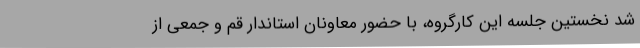
شد نخستین جلسه این کارگروه، با حضور معاونان استاندار قم و جمعی از